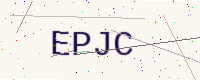
Text: EPJC